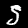
Label: 5